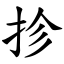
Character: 抮